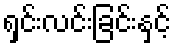
ရှင်းလင်းခြင်းနှင့်